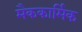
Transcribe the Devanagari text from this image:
मैककार्मिक